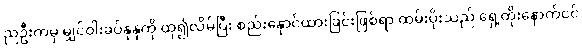
ညဦးကမှ မျှင်ဝါးခပ်နုနုကို ထု၍လိမ်ပြီး စည်းနှောင်ထားခြင်းဖြစ်ရာ ထမ်းပိုးသည် ရှေ့တိုးနောက်ငင်